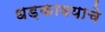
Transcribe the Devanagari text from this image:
धड़कावयाचे